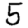
Digit: 5